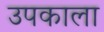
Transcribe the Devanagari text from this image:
उपकाला